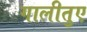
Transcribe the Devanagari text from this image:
गालीतुए